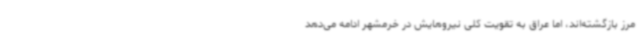
مرز بازگشته‌اند، اما عراق به تقویت کلی نیروهایش در خرمشهر ادامه می‌دهد